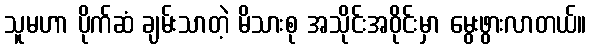
သူမဟာ ပိုက်ဆံ ချမ်းသာတဲ့ မိသားစု အသိုင်းအဝိုင်းမှာ မွေးဖွားလာတယ်။